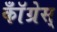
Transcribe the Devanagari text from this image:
कॉँँग्रेस्